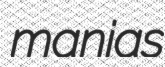
manias